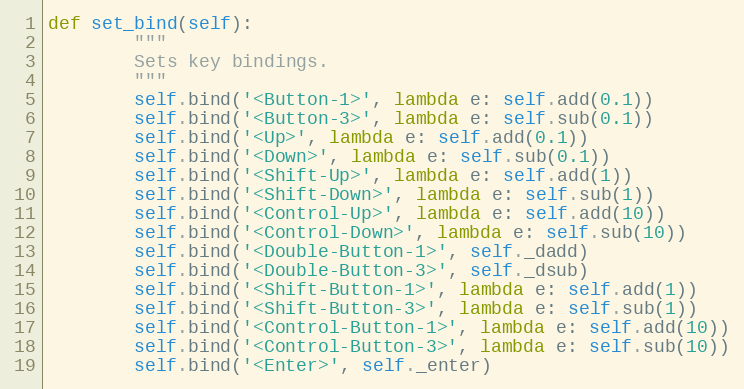
Language: Python
def set_bind(self):
        """
        Sets key bindings.
        """
        self.bind('<Button-1>', lambda e: self.add(0.1))
        self.bind('<Button-3>', lambda e: self.sub(0.1))
        self.bind('<Up>', lambda e: self.add(0.1))
        self.bind('<Down>', lambda e: self.sub(0.1))
        self.bind('<Shift-Up>', lambda e: self.add(1))
        self.bind('<Shift-Down>', lambda e: self.sub(1))
        self.bind('<Control-Up>', lambda e: self.add(10))
        self.bind('<Control-Down>', lambda e: self.sub(10))
        self.bind('<Double-Button-1>', self._dadd)
        self.bind('<Double-Button-3>', self._dsub)
        self.bind('<Shift-Button-1>', lambda e: self.add(1))
        self.bind('<Shift-Button-3>', lambda e: self.sub(1))
        self.bind('<Control-Button-1>', lambda e: self.add(10))
        self.bind('<Control-Button-3>', lambda e: self.sub(10))
        self.bind('<Enter>', self._enter)